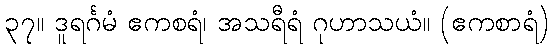
၃၇။ ဒူရင်္ဂမံ ဧကစရံ၊ အသရီရံ ဂုဟာသယံ။ (ဧကစာရံ)